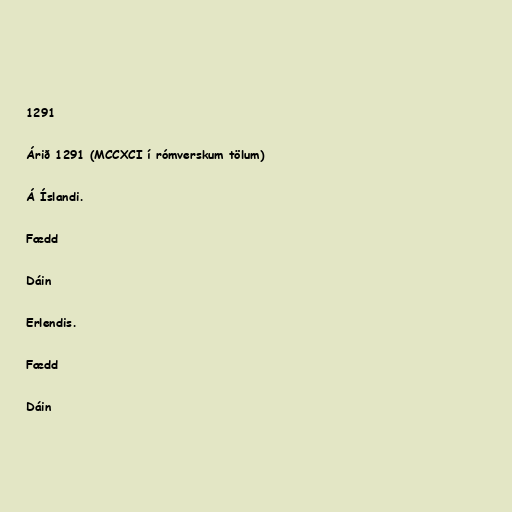
1291

Árið 1291 (MCCXCI í rómverskum tölum)

Á Íslandi.

Fædd

Dáin

Erlendis.

Fædd

Dáin